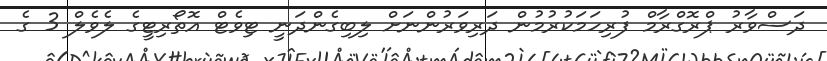
ދަސްވާރު ޕްރޮގްރާމް ފުރިހަމަކުރުމުން ދަރިވަރުންނަށް ލިބިގެންދަނީ ޓިވެޓް އޮތޯރިޓީގެ ލެވެލް 3 ގެ